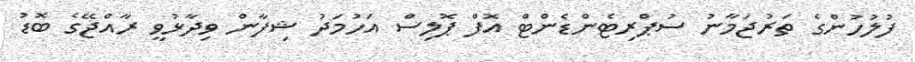
ފުލުހުންގެ ތަރުޖަމާނު ސުޕްރިޓެންޑެންޓް އޮފް ޕޮލިސް އަހުމަދު ޝިފާން ވިދާޅުވީ ރާއްޖޭގެ ބޮޑު